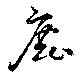
鹿